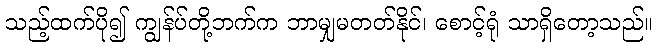
သည့်ထက်ပို၍ ကျွန်ပ်တို့ဘက်က ဘာမျှမတတ်နိုင်၊ စောင့်ရုံ သာရှိတော့သည်။